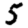
Digit: 5